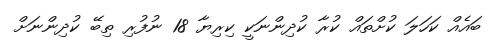
ބައެއް ކަހަލަ ކުށްތައް ކުރާ ކުދިންނަކީ ކިރިޔާ 18 ނުފުރި ތިބޭ ކުދިންނަށް